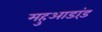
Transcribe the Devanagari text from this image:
महुआडांड़